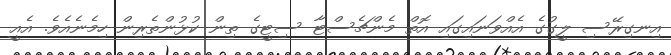
އިނގިރޭސި ލީގުގެ އެއްވަނައިގައި އޮތް މެންޗެސްޓާ ސިޓީގެ ތިން ކުޅުންތެރިން ހިމެނެއެވެ. އެއީ